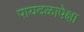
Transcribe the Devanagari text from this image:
पायदळापेक्षा